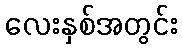
လေးနှစ်အတွင်း